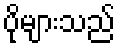
ပိုများသည်